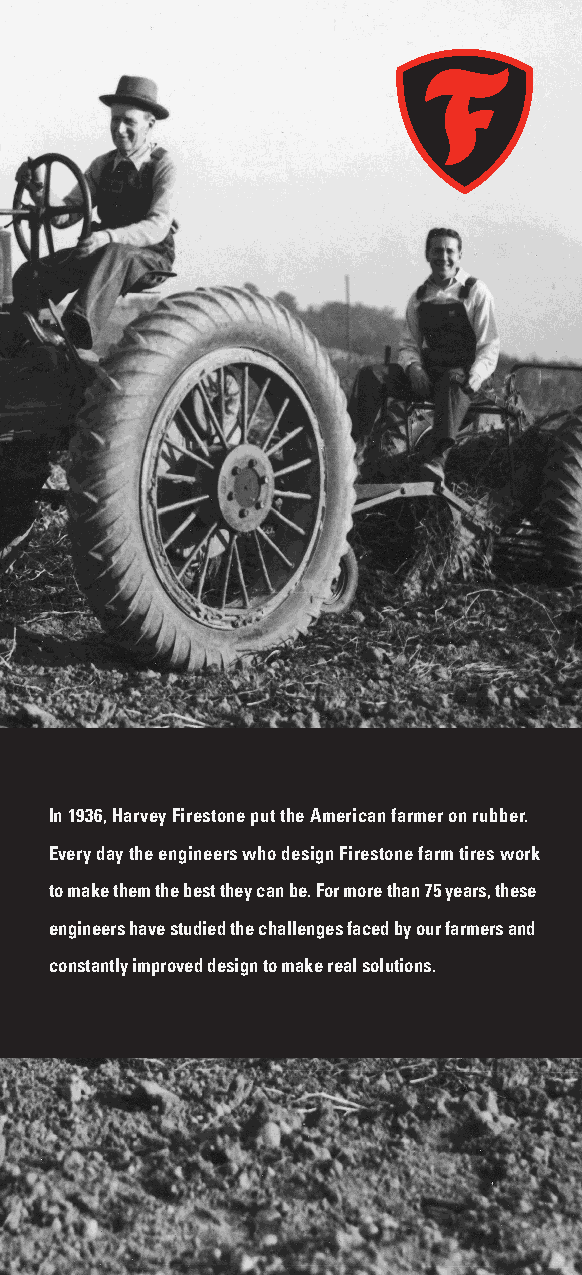
In 1936, Harvey Firestone put the American farmer on rubber.
 Every day the engineers who design Firestone farm tires work
 to make them the best they can be. For more than 75 years, these
 engineers have studied the challenges faced by our farmers and
 constantly improved design to make real solutions.